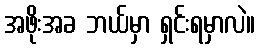
အဖိုးအခ ဘယ်မှာ ရှင်းရမှာလဲ။